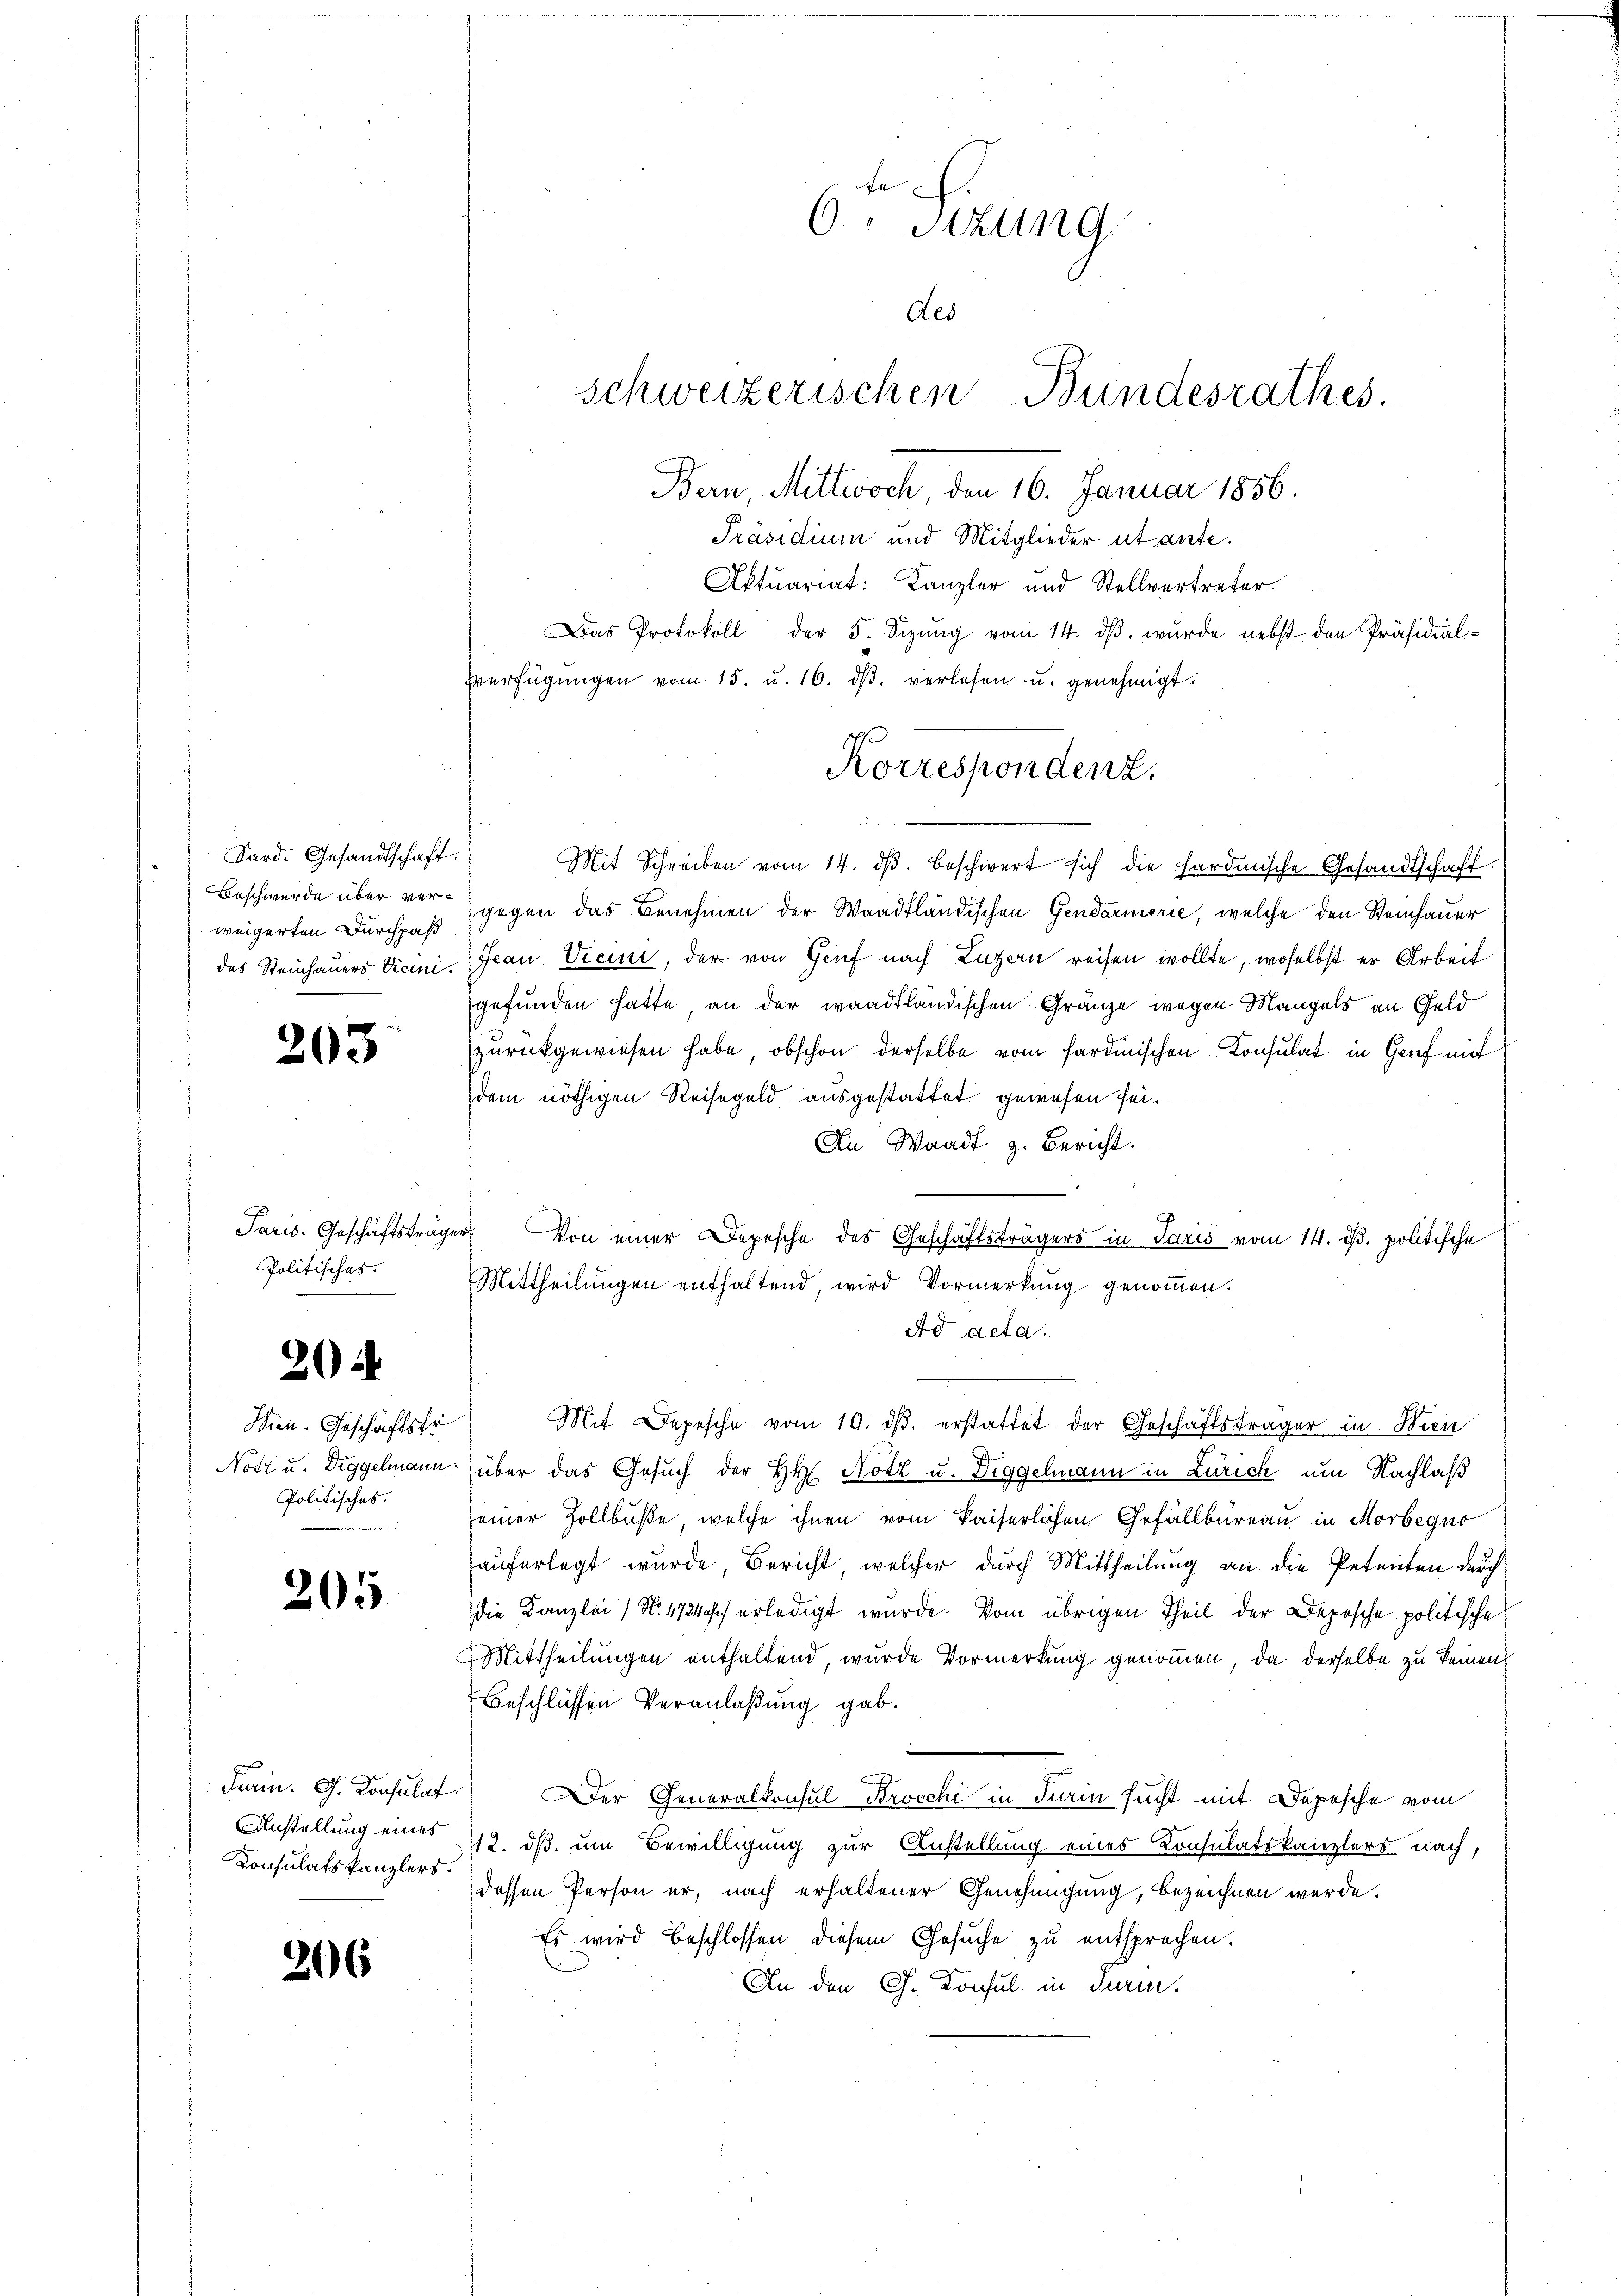
Kard. Gesandtschaft.
Beschwerde über verweigerten Durchpaß
des Steinhauers Vicini.

203

Paris. Geschäftsträge
Politisches.

20

Sien. Geschäftsfr
Notz u. Diggelmann
Politisches.

205

Fram. G. Konsulat
Anstellung eines
Consulatskanzlers.

206

Fr
6. Sitzung
Aes
Bern, Mittwoch den 16. Januar 1856.
Präsidium und Mitglieder ut ante.
Aktuariat Kanzler und Stellvertreter.
Das Protokoll der 5. Sizŭng vom 14. dβ. wurde nebst den Präsidial-
Verfügŭngen vom 15. u. 16. dβ verlesen u. genehmigt.

schweizerischen Bundesrathes.

Korrespondenz.

Mit Schreiben vom 14. dβ beschwert sich die hardinische Gesandtschaft.
gegen das Benehmen der Waadtländischen Gendarmerie, welche den Steinhauer
Frau. Vicini, der von Genf nach Luzern reisen wollte, woselbst er Arbeit
gefunden hatte an der waadtländischen Granze wegen Mangels an Geld
zurückgewiesen habe, obschon derselbe vom sardinischen Konsulat in Genf mit
dem nöthigen Reisegeld ausgestattet gewesen sei.
An Waadt z. Bericht.
Von einer Depesche des Geschäftsträgers in Paris vom 14. d. politische
Mittheilungen enthaltend wird Vormerkung genommen.
Ad acta.
über das Gesuch der HH. Notz u. Diggelmann in Zürich um Nachlaß
seiner Zollbuße, welche ihnen vom kaiserlichen Gefällbüreau in Morbegno
auferlegt wurde Bericht, welcher durch Mittheilung an die Petenten durch
die Kanzlei (N. 472 erledigt wurde. Vom übrigen Theil der Depesche politische
Mittheilungen enthaltend, wurde Vormerkung genommen, da derselbe zu keinen
Beschlüssen Veranlaßung gab.
Der Generalkonsul Brocchi in Turin sucht mit Depesche vom
112. ds um Bewilligung zur Anstellung eines Consulatskanzlers nach,
dessen Person er, nach erhaltener Genehmigung, bezeichnen werde.
Es wird beschlossen diesem Gesuche zu entsprechen.
An den Ch. Konsul in darin

Mit Depesche vom 19. dβ. erstattet der Geschäftsträger in Wien